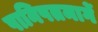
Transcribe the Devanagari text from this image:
पानिपतमार्गे